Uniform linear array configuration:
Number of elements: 16
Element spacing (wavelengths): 0.75
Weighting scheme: cosine
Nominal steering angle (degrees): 15
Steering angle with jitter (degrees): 16.077
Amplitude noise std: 0.05
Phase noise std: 0.05

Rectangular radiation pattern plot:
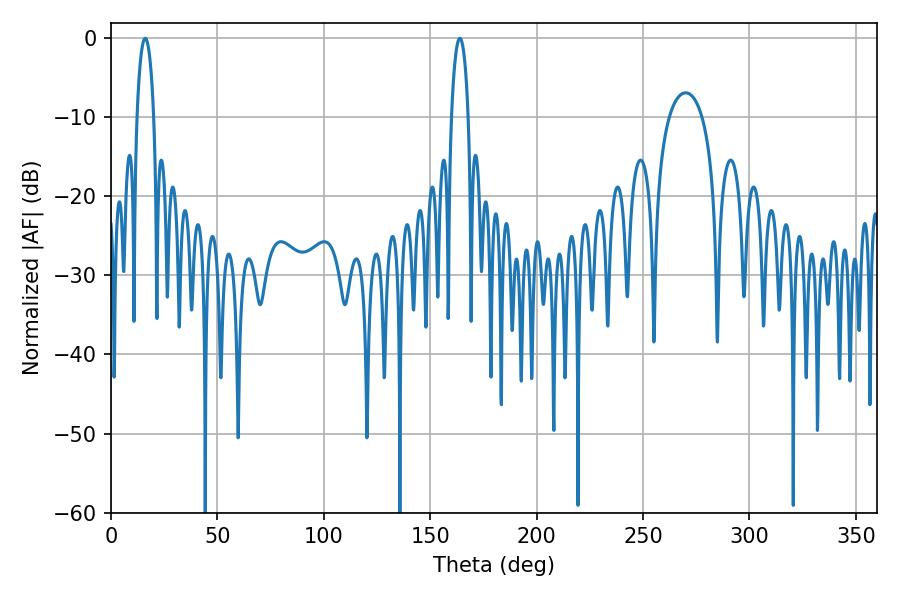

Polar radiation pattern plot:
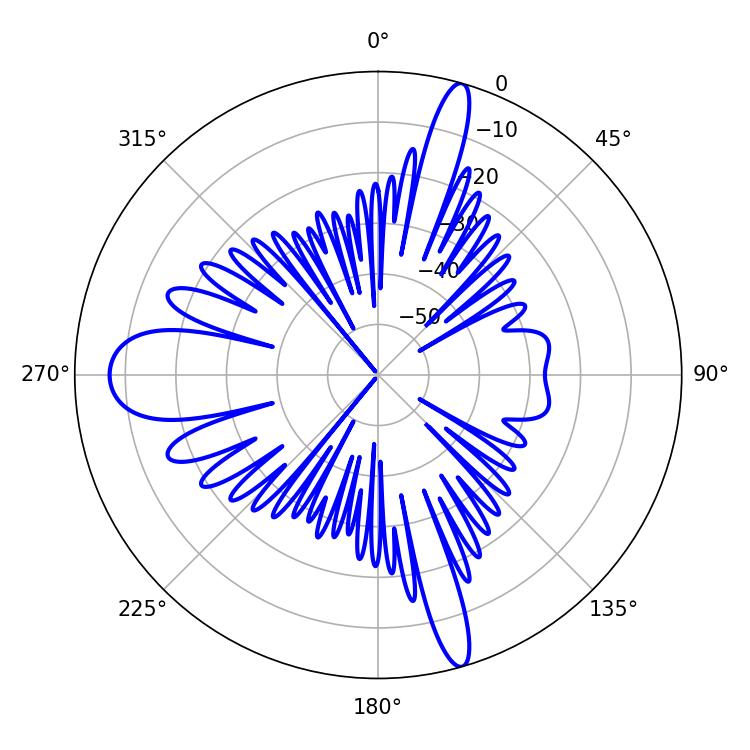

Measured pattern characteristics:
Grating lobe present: TRUE
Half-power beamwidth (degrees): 4.5
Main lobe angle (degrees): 16.02